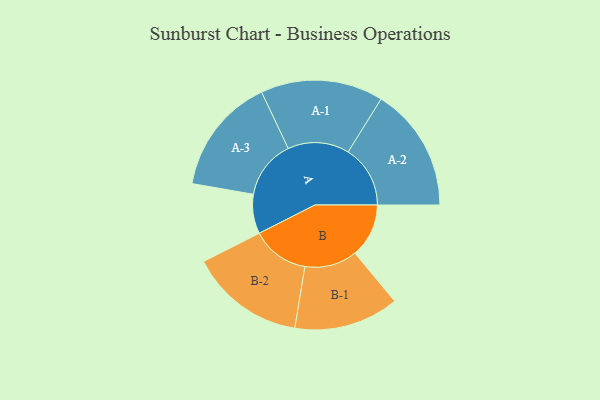
{"axis": {"x": "Segment", "y": "Value"}, "legend": ["", "A", "B"], "data": [{"x": "A", "y": 190, "type": ""}, {"x": "B", "y": 260, "type": ""}, {"x": "A-1", "y": 296, "type": "A"}, {"x": "A-2", "y": 300, "type": "A"}, {"x": "A-3", "y": 283, "type": "A"}, {"x": "B-1", "y": 253, "type": "B"}, {"x": "B-2", "y": 278, "type": "B"}]}